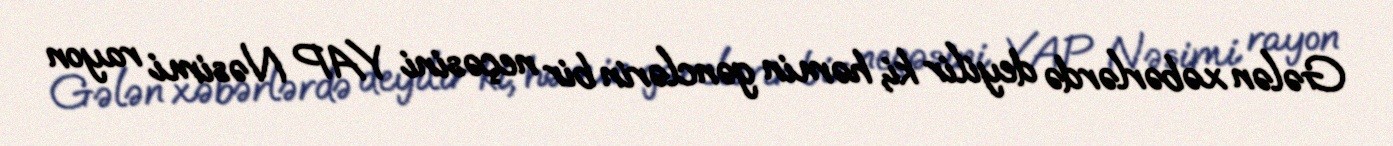
Gələn xəbərlərdə deyilir ki, həmin gənclərin bir neçəsini YAP Nəsimi rayon